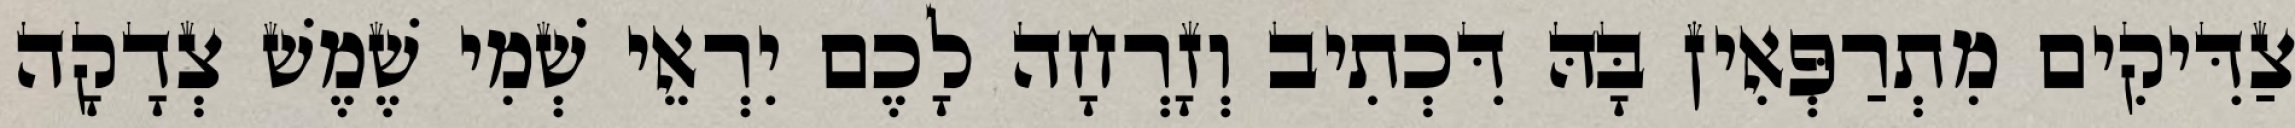
צַדִּיקִים מִתְרַפְּאִין בָּהּ דִּכְתִיב וְזָרְחָה לָכֶם יִרְאֵי שְׁמִי שֶׁמֶשׁ צְדָקָה